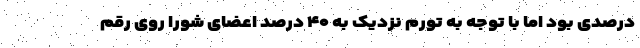
درصدی بود اما با توجه به تورم نزدیک به ۴۰ درصد اعضای شورا روی رقم